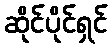
ဆိုင်ပိုင်ရှင်